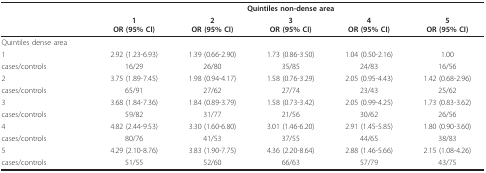
<table><thead><tr><td>[EMPTY_CELL]</td><td colspan="5"><b>Quintiles non-dense area</b></td></tr><tr><td>[EMPTY_CELL]</td><td><b>1OR (95% CI)</b></td><td><b>2OR (95% CI)</b></td><td><b>3OR (95% CI)</b></td><td><b>4OR (95% CI)</b></td><td><b>5OR (95% CI)</b></td></tr></thead><tbody><tr><td>Quintiles dense area</td><td>[EMPTY_CELL]</td><td>[EMPTY_CELL]</td><td>[EMPTY_CELL]</td><td>[EMPTY_CELL]</td><td>[EMPTY_CELL]</td></tr><tr><td>1</td><td>2.92 (1.23-6.93)</td><td>1.39 (0.66-2.90)</td><td>1.73 (0.86-3.50)</td><td>1.04 (0.50-2.16)</td><td>1.00</td></tr><tr><td>cases/controls</td><td>16/29</td><td>26/80</td><td>35/85</td><td>24/83</td><td>16/56</td></tr><tr><td>2</td><td>3.75 (1.89-7.45)</td><td>1.98 (0.94-4.17)</td><td>1.58 (0.76-3.29)</td><td>2.05 (0.95-4.43)</td><td>1.42 (0.68-2.96)</td></tr><tr><td>cases/controls</td><td>65/91</td><td>27/62</td><td>27/74</td><td>23/43</td><td>25/62</td></tr><tr><td>3</td><td>3.68 (1.84-7.36)</td><td>1.84 (0.89-3.79)</td><td>1.58 (0.73-3.42)</td><td>2.05 (0.99-4.25)</td><td>1.73 (0.83-3.62)</td></tr><tr><td>cases/controls</td><td>59/82</td><td>31/77</td><td>21/56</td><td>30/62</td><td>26/56</td></tr><tr><td>4</td><td>4.82 (2.44-9.53)</td><td>3.30 (1.60-6.80)</td><td>3.01 (1.46-6.20)</td><td>2.91 (1.45-5.85)</td><td>1.80 (0.90-3.60)</td></tr><tr><td>cases/controls</td><td>80/76</td><td>41/53</td><td>37/55</td><td>44/65</td><td>38/83</td></tr><tr><td>5</td><td>4.29 (2.10-8.76)</td><td>3.83 (1.90-7.75)</td><td>4.36 (2.20-8.64)</td><td>2.88 (1.46-5.66)</td><td>2.15 (1.08-4.26)</td></tr><tr><td>cases/controls</td><td>51/55</td><td>52/60</td><td>66/63</td><td>57/79</td><td>43/75</td></tr></tbody></table>